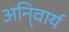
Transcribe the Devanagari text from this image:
अनि्वार्य